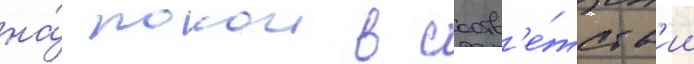
на́ покои в соотв'е́тств'ии